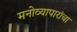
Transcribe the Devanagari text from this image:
मनोव्यापारांचा